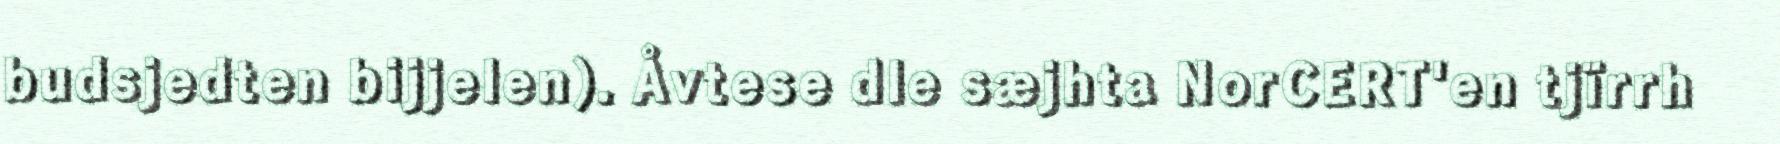
budsjedten bijjelen). Åvtese dle sæjhta NorCERT'en tjïrrh